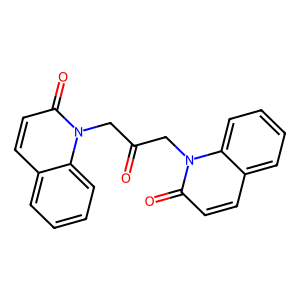
SMILES: O=C(Cn1c(=O)ccc2ccccc21)Cn1c(=O)ccc2ccccc21
Inhibits HIV replication: No